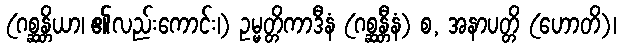
(ဂစ္ဆန္တိယာ၊ ၏လည်းကောင်း၊) ဥမ္မတ္တိကာဒီနံ (ဂစ္ဆန္တီနံ) စ, အနာပတ္တိ (ဟောတိ)၊